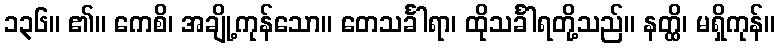
၁၃၆။ ၏။ ကေစိ၊ အချို့ကုန်သော။ တေသင်္ခါရာ၊ ထိုသင်္ခါရတို့သည်။ နတ္ထိ၊ မရှိကုန်။